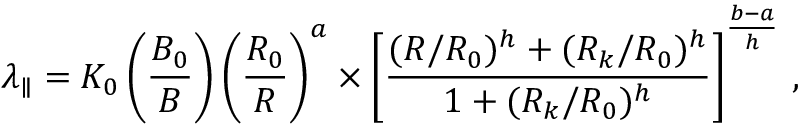
\lambda _ { \parallel } = K _ { 0 } \left( \frac { B _ { 0 } } { B } \right) \left( \frac { R _ { 0 } } { R } \right) ^ { a } \times \left[ \frac { ( R / R _ { 0 } ) ^ { h } + ( R _ { k } / R _ { 0 } ) ^ { h } } { 1 + ( R _ { k } / R _ { 0 } ) ^ { h } } \right] ^ { \frac { b - a } { h } } \, ,